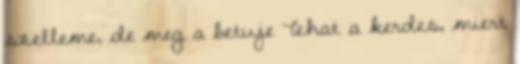
szelleme, de meg a betuje Tehat a kerdes, miert